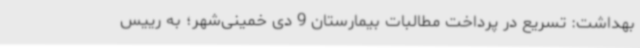
بهداشت: تسریع در پرداخت مطالبات بیمارستان 9 دی خمینی‌شهر؛ به رییس